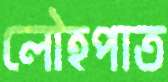
লৌহপাত